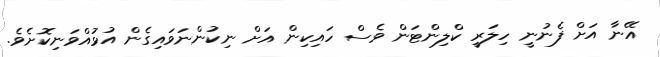
އޭނާ އަށް ފެނުނީ ހިލަރީ ކްލިންޓަން ވެސް ހައިކިން އަށް ނިކުންނަވައިގެން އުޅުއްވަނިކޮށެވެ.